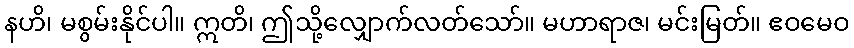
နဟိ၊ မစွမ်းနိုင်ပါ။ ဣတိ၊ ဤသို့လျှောက်လတ်သော်။ မဟာရာဇ၊ မင်းမြတ်။ ဧဝမေဝ